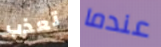
تعذب عندما